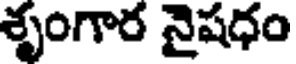
శృంగార నైషధం